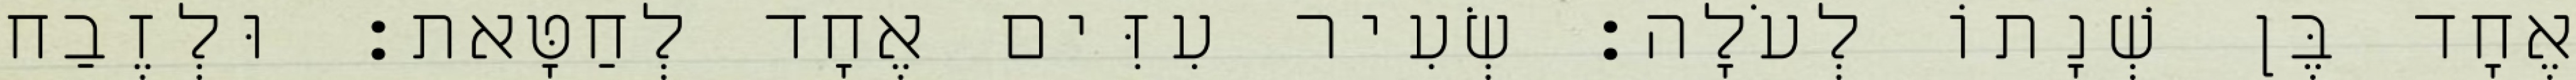
אֶחָד בֶּן שְׁנָתוֹ לְעֹלָה׃ שְׂעִיר עִזִּים אֶחָד לְחַטָּאת׃ וּלְזֶבַח